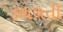
કથળતી